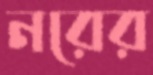
নরের